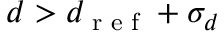
d > d _ { \textrm { r e f } } + \sigma _ { d }